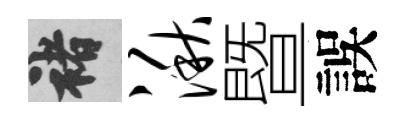
褚湫暨誤